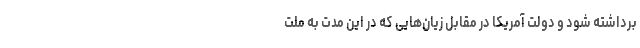
برداشته شود و دولت آمریکا در مقابل زیان‌هایی که در این مدت به ملت